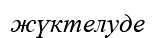
жүктелуде